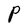
Character: P